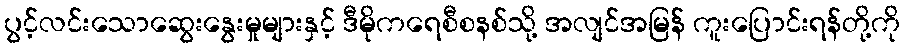
ပွင့်လင်းသောဆွေးနွေးမှုများနှင့် ဒီမိုကရေစီစနစ်သို့ အလျင်အမြန် ကူးပြောင်းရန်တို့ကို